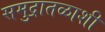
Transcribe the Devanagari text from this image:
समुद्रातळाशी